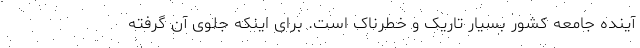
آینده جامعه کشور بسیار تاریک و خطرناک است. برای اینکه جلوی آن گرفته